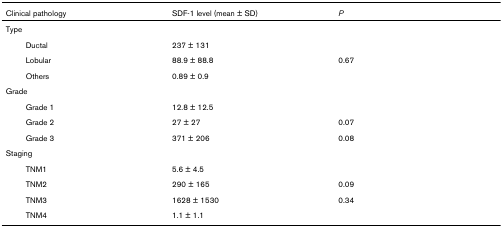
<table><thead><tr><td><b>Clinical pathology</b></td><td><b>SDF-1 level (mean ± SD)</b></td><td><b><i>P</i></b></td></tr></thead><tbody><tr><td>Type</td><td></td><td></td></tr><tr><td>Ductal</td><td>237 ± 131</td><td></td></tr><tr><td>Lobular</td><td>88.9 ± 88.8</td><td>0.67</td></tr><tr><td>Others</td><td>0.89 ± 0.9</td><td></td></tr><tr><td>Grade</td><td></td><td></td></tr><tr><td>Grade 1</td><td>12.8 ± 12.5</td><td></td></tr><tr><td>Grade 2</td><td>27 ± 27</td><td>0.07</td></tr><tr><td>Grade 3</td><td>371 ± 206</td><td>0.08</td></tr><tr><td>Staging</td><td></td><td></td></tr><tr><td>TNM1</td><td>5.6 ± 4.5</td><td></td></tr><tr><td>TNM2</td><td>290 ± 165</td><td>0.09</td></tr><tr><td>TNM3</td><td>1628 ± 1530</td><td>0.34</td></tr><tr><td>TNM4</td><td>1.1 ± 1.1</td><td></td></tr></tbody></table>